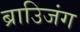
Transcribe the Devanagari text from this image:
ब्राउिजंग